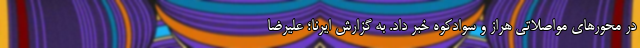
در محورهای مواصلاتی هراز و سوادکوه خبر داد. به گزارش ایرنا؛ علیرضا